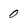
Character: 0